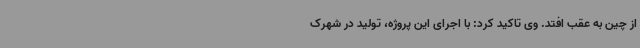
از چین به عقب افتد. وی تاکید کرد: با اجرای این پروژه، تولید در شهرک